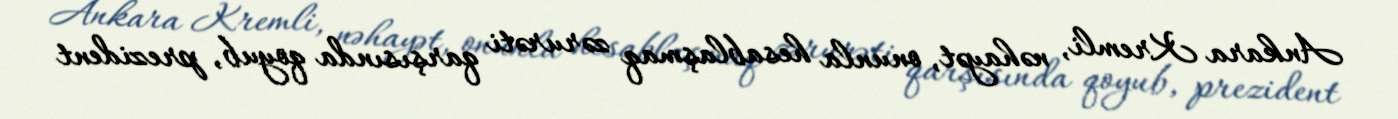
Ankara Kremli, nəhayət, onunla hesablaşmaq zərurəti qarşısında qoyub, prezident